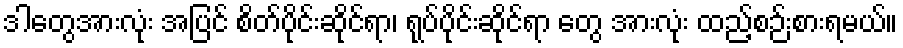
ဒါတွေအားလုံး အပြင် စိတ်ပိုင်းဆိုင်ရာ၊ ရုပ်ပိုင်းဆိုင်ရာ တွေ အားလုံး ထည့်စဉ်းစားရမယ်။